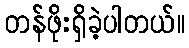
တန်ဖိုးရှိခဲ့ပါတယ်။